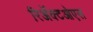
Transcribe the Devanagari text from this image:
रिॲक्टओएस